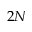
2 N